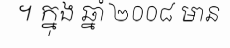
។ ក្នុង ឆ្នាំ ២០០៨ មាន